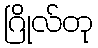
ဂြိုလ်တု